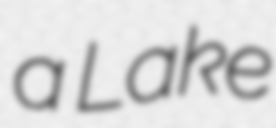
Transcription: a Lake